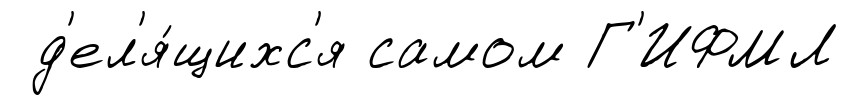
д'ел'я́щихс'я самом Г'ИФМЛ